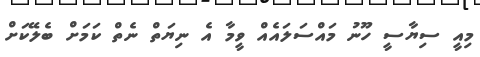
މިއީ ސިޔާސީ ހޫނު މައްސަލައެއް ވީމާ އެ ނިޔަތް ނެތް ކަމަށް ބެލޭކަށް